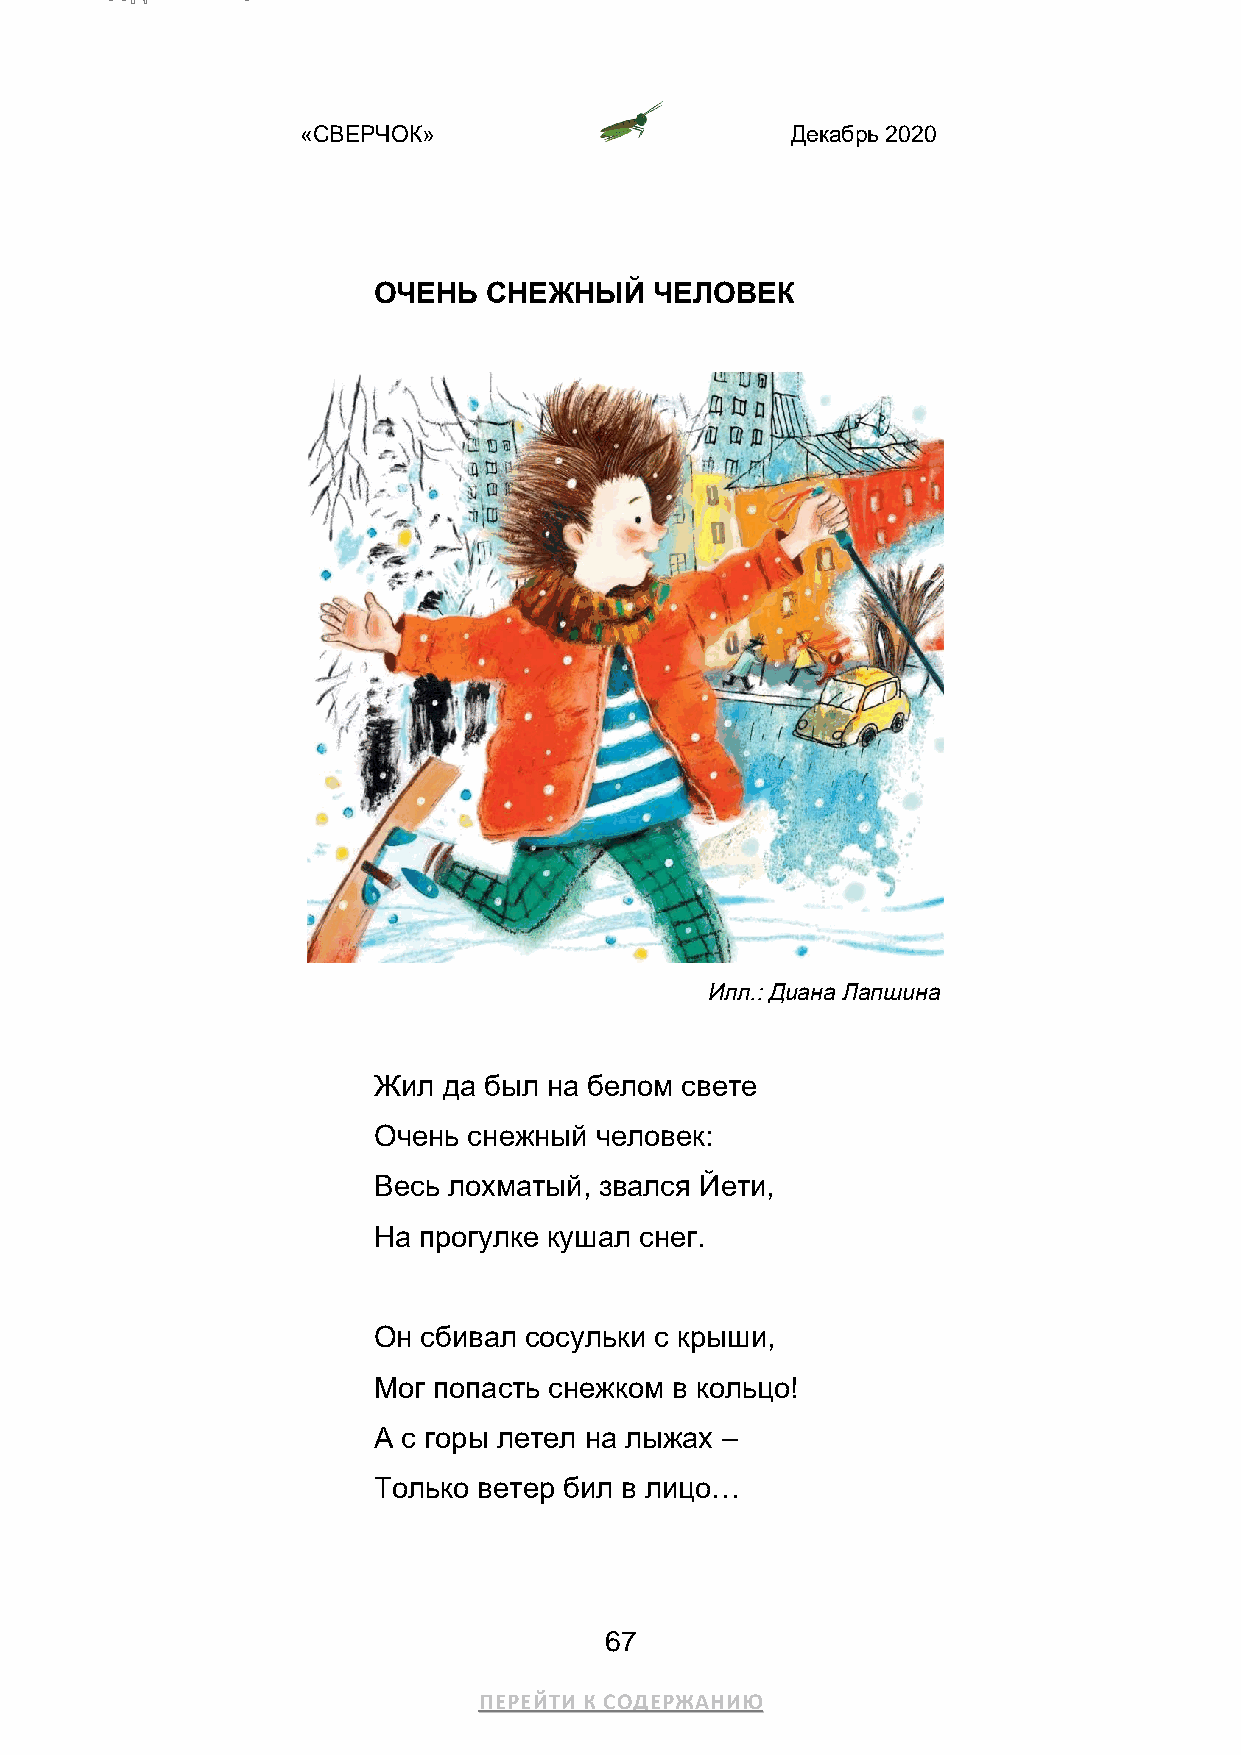
«СВЕРЧОК»                       Декабрь 2020
 ОЧЕНЬ  СНЕЖНЫЙ    ЧЕЛОВЕК
 Илл.: Диана Лапшина
 Жил да был на белом свете
 Очень снежный человек:
 Весь лохматый, звался Йети,
 На прогулке кушал снег.
 Он сбивал сосульки с крыши,
 Мог попасть снежком в кольцо!
 А с горы летел на лыжах –
 Только ветер бил в лицо…
 67
 ПЕРЕЙТИ К СОДЕРЖАНИЮ